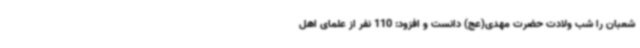
شعبان را شب ولادت حضرت مهدی(عج) دانست و افزود: 110 نفر از علمای اهل